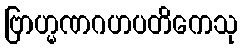
ဗြာဟ္မဏဂဟပတိကေသု